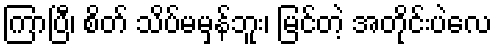
ကြာပြီ၊ စိတ် သိပ်မမှန်ဘူး၊ မြင်တဲ့ အတိုင်းပဲလေ